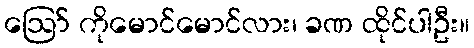
ဪ ကိုမောင်မောင်လား၊ ခဏ ထိုင်ပါဦး။